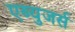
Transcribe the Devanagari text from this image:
एब्युजर्स